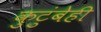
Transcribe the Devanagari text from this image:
कुटुंबेही